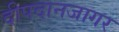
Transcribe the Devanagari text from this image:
दीपदानजागर